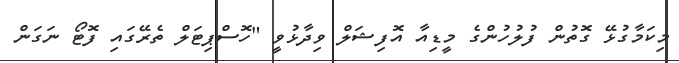
މިކަމާގުޅޭ ގޮތުން ފުލުހުންގެ މީޑިއާ އޮފިޝަލް ވިދާޅުވީ "ހޮސްޕިޓަލް ތެރޭގައި ފޮޓޯ ނަގަން